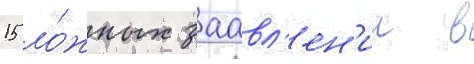
15 ло́жных заавл'ен'ии в